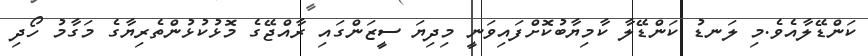
ކަންޑޭލާއެވެ.މި ލަނޑު ކަންޑޭލާ ކާމިޔާބުކޮށްފައިވަނީ މިދިޔަ ސީޒަންގައި ރާއްޖޭގެ މޮޅުކުޅުންތެރިޔާގެ މަގާމު ހޯދި